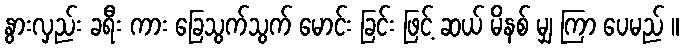
နွားလှည်း ခရီး ကား ခြေသွက်သွက် မောင်း ခြင်း ဖြင့် ဆယ် မိနစ် မျှ ကြာ ပေမည် ။